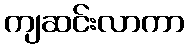
ကျဆင်းလာကာ